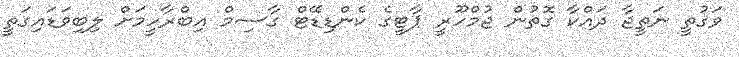
ވަގުތީ ނަތީޖާ ދައްކާ ގޮތުން ޖުމްހޫރީ ޕާޓީގެ ކެންޑިޑޭޓް ގާސިމް އިބްރާހީމަށް ލިބިވަޑައިގަތީ